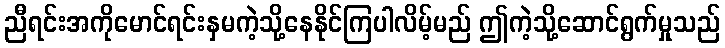
ညီရင်းအကိုမောင်ရင်းနှမကဲ့သို့နေနိုင်ကြပါလိမ့်မည် ဤကဲ့သို့ဆောင်ရွက်မှုသည်